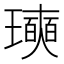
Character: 𪼩